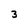
Character: 3